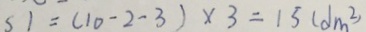
S 1 = ( 1 0 - 2 - 3 ) \times 3 = 1 5 ( d m ^ { 2 } )